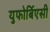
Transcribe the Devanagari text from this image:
युफोर्बिएसी